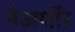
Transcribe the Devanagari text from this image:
नेअर्शोर